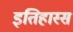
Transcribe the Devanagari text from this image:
इतिहास्स